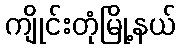
ကျိုင်းတုံမြို့နယ်